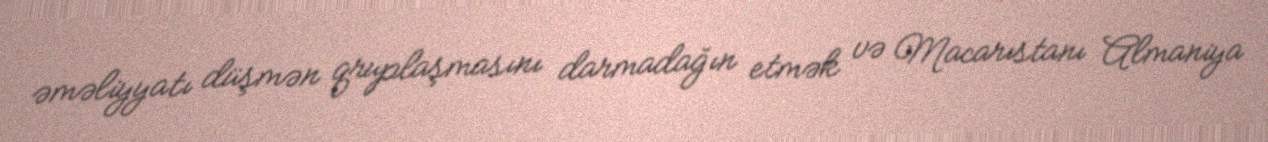
əməliyyatı düşmən qruplaşmasını darmadağın etmək və Macarıstanı Almaniya